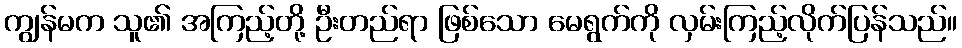
ကျွန်မက သူ၏ အကြည့်တို့ ဦးတည်ရာ ဖြစ်သော မေရွက်ကို လှမ်းကြည့်လိုက်ပြန်သည်။